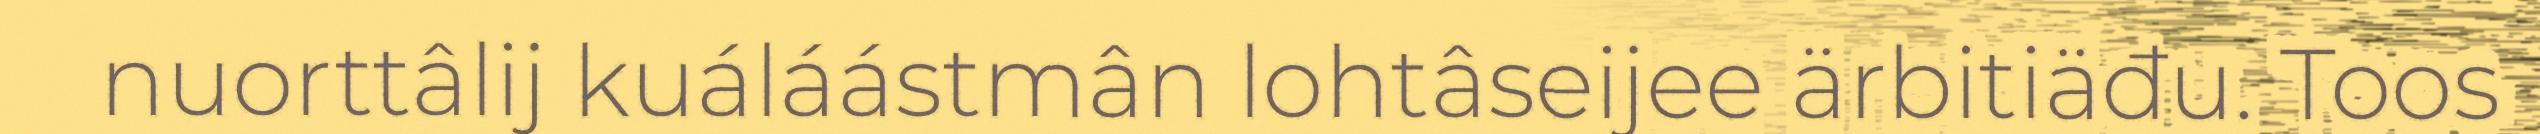
nuorttâlij kuáláástmân lohtâseijee ärbitiäđu. Toos